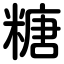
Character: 糖